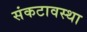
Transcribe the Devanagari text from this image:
संकटावस्था